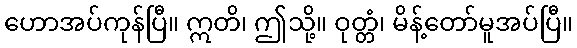
ဟောအပ်ကုန်ပြီ။ ဣတိ၊ ဤသို့။ ဝုတ္တံ၊ မိန့်တော်မူအပ်ပြီ။